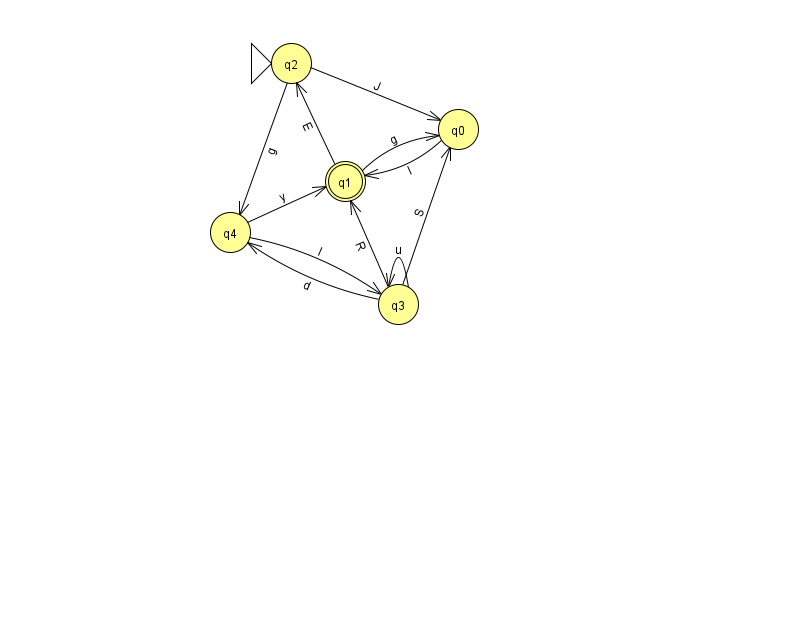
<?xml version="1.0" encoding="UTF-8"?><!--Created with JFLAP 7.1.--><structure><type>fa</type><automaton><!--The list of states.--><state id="0" name="q0"><x>458.0</x><y>116.0</y></state><state id="1" name="q1"><x>345.0</x><y>168.0</y><final/></state><state id="2" name="q2"><x>291.0</x><y>50.0</y><initial/></state><state id="3" name="q3"><x>398.0</x><y>291.0</y></state><state id="4" name="q4"><x>230.0</x><y>219.0</y></state><!--The list of transitions.--><transition><from>1</from><to>2</to><read>E</read></transition><transition><from>1</from><to>0</to><read>g</read></transition><transition><from>3</from><to>1</to><read>R</read></transition><transition><from>3</from><to>4</to><read>d</read></transition><transition><from>3</from><to>3</to><read>u</read></transition><transition><from>2</from><to>4</to><read>g</read></transition><transition><from>3</from><to>0</to><read>S</read></transition><transition><from>0</from><to>1</to><read>l</read></transition><transition><from>2</from><to>0</to><read>J</read></transition><transition><from>4</from><to>3</to><read>l</read></transition><transition><from>4</from><to>1</to><read>y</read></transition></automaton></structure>